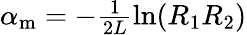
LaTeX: \begin{array}{r}{\alpha_{\mathrm{m}}=-\frac{1}{2L}\ln(R_{1}R_{2})}\end{array}